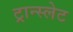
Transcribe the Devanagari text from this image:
ट्रान्स्लेट